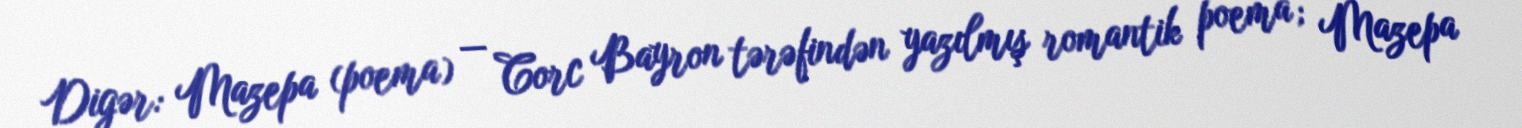
Digər: Mazepa (poema) — Corc Bayron tərəfindən yazılmış romantik poema; Mazepa